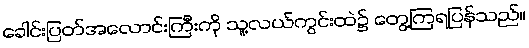
ခေါင်းပြတ်အလောင်းကြီးကို သူ့လယ်ကွင်းထဲ၌ တွေ့ကြရပြန်သည်။